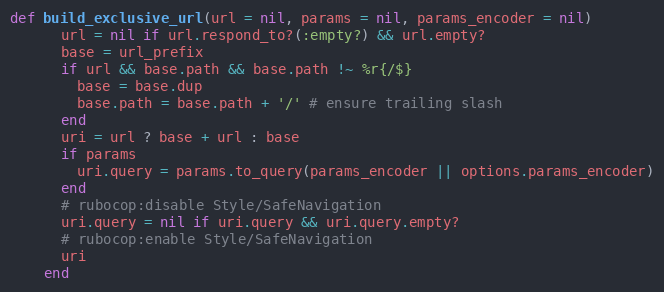
Language: Ruby
def build_exclusive_url(url = nil, params = nil, params_encoder = nil)
      url = nil if url.respond_to?(:empty?) && url.empty?
      base = url_prefix
      if url && base.path && base.path !~ %r{/$}
        base = base.dup
        base.path = base.path + '/' # ensure trailing slash
      end
      uri = url ? base + url : base
      if params
        uri.query = params.to_query(params_encoder || options.params_encoder)
      end
      # rubocop:disable Style/SafeNavigation
      uri.query = nil if uri.query && uri.query.empty?
      # rubocop:enable Style/SafeNavigation
      uri
    end